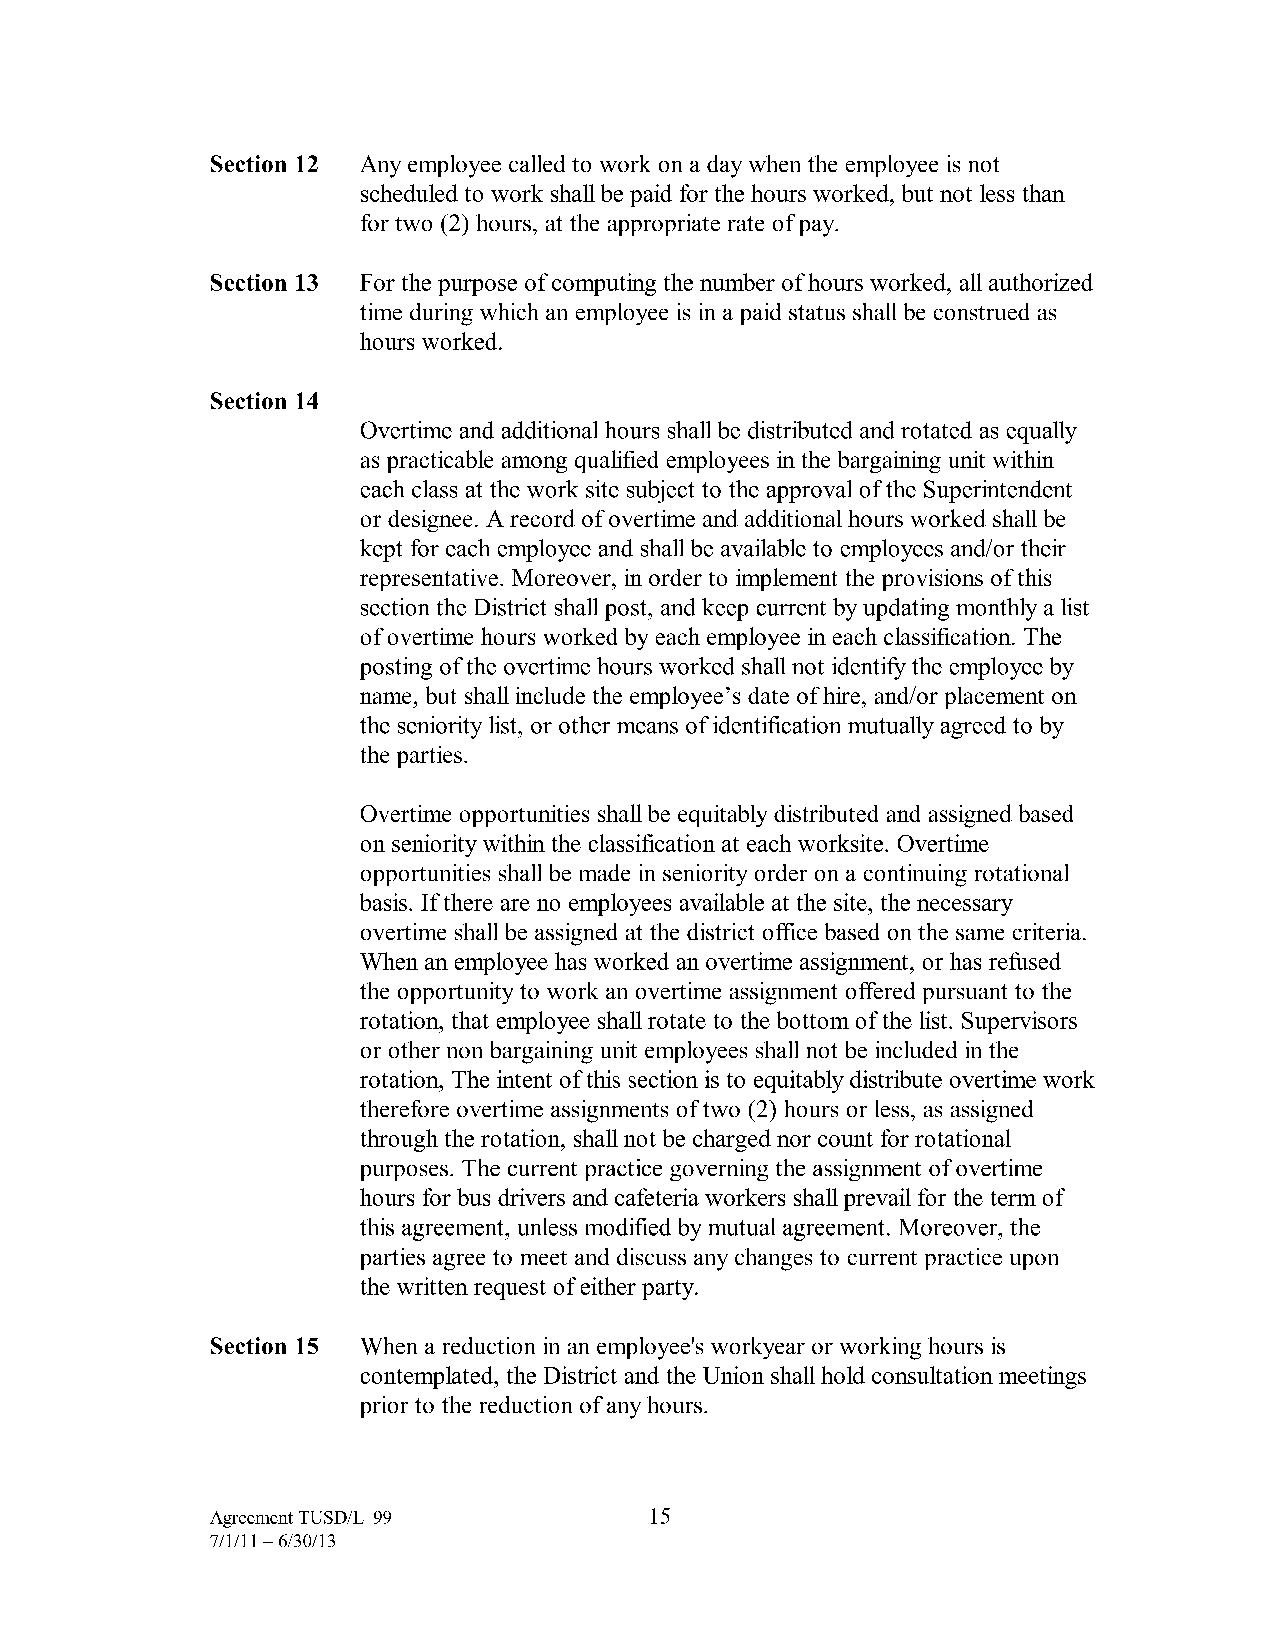
Section 12 Any employee called to work on a day when the employee is not
 scheduled to work shall be paid for the hours worked, but not less than
 for two (2) hours, at the appropriate rate of pay.
 Section 13 For the purpose of computing the number of hours worked, all authorized
 time during which an employee is in a paid status shall be construed as
 hours worked.
 Section 14
 Overtime and additional hours shall be distributed and rotated as equally
 as practicable among qualified employees in the bargaining unit within
 each class at the work site subject to the approval of the Superintendent
 or designee. A record of overtime and additional hours worked shall be
 kept for each employee and shall be available to employees and/or their
 representative. Moreover, in order to implement the provisions of this
 section the District shall post, and keep current by updating monthly a list
 of overtime hours worked by each employee in each classification. The
 posting of the overtime hours worked shall not identify the employee by
 name, but shall include the employee's date of hire, and/or placement on
 the seniority list, or other means of identification mutually agreed to by
 the parties.
 Overtime opportunities shall be equitably distributed and assigned based
 on seniority within the classification at each worksite. Overtime
 opportunities shall be made in seniority order on a continuing rotational
 basis. If there are no employees available at the site, the necessary
 overtime shall be assigned at the district office based on the same criteria.
 When an employee has worked an overtime assignment, or has refused
 the opportunity to work an overtime assignment offered pursuant to the
 rotation, that employee shall rotate to the bottom of the list. Supervisors
 or other non bargaining unit employees shall not be included in the
 rotation, The intent of this section is to equitably distribute overtime work
 therefore overtime assignments of two (2) hours or less, as assigned
 through the rotation, shall not be charged nor count for rotational
 purposes. The current practice governing the assignment of overtime
 hours for bus drivers and cafeteria workers shall prevail for the term of
 this agreement, unless modified by mutual agreement. Moreover, the
 parties agree to meet and discuss any changes to current practice upon
 the written request of either party.
 Section 15 When a reduction in an employee's workyear or working hours is
 contemplated, the District and the Union shall hold consultation meetings
 prior to the reduction of any hours.
 Agreement TUSD/L-99          15
 7/1/11-6/30/13